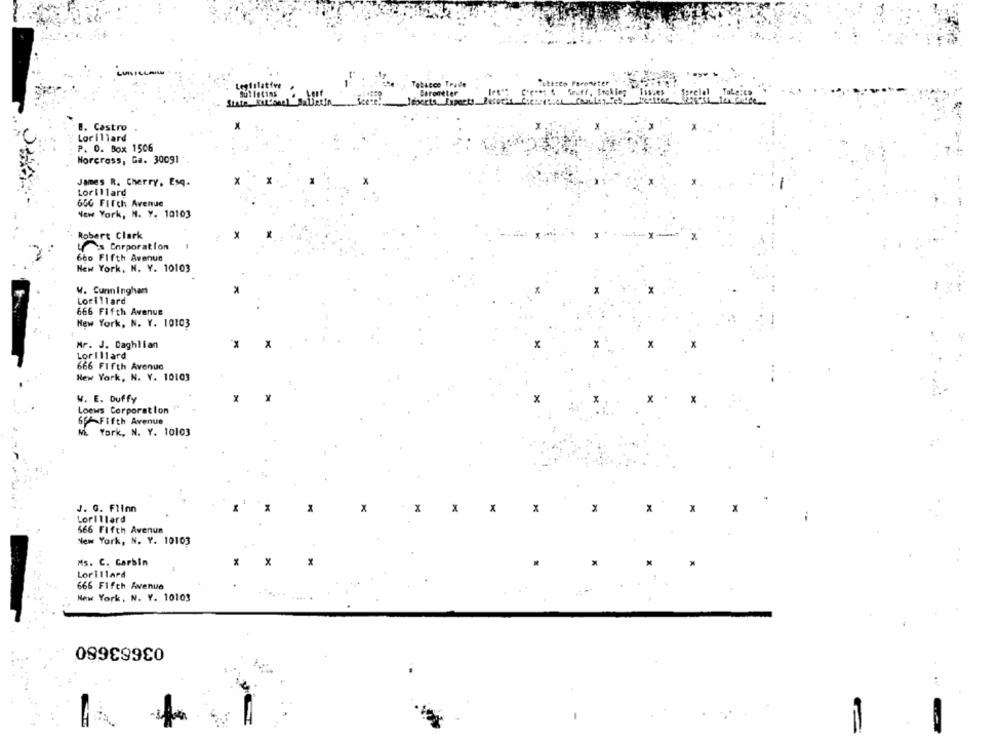
Tobacco Trade
Tottcco Ferometer
Sutlecins
Barometer
State_FICAR
B. Castro
Lorillard
P. O. Box 1506
Norcross, Ga. 30091
James R. Cherry, Esq.
Lorillard
60G Fifth Avenue
New York, N. Y. 10103
Robert Clark
X
4's Corporation
66o Fifth Avenue
New York, N. Y. 10103
W. Cunningham
Lorillard
666 Fifth Avenue
New York, N. Y. 10103
Mr. J. Daghlian
Lorillard
666 Fifth Avenue
New York, N. Y. 10103
W. E. Duffy
X
x
Loews Corporation
65-Fifth Avenue
York, N. Y. 10103
J. G. Flinn
X
x
X
x
X
Lorillard
566 Fifth Avenue
New York, N. Y. 10103
Ms. C. Garbin
x
Lorillard
666 Fifth Avenue
New York, N. Y. 10103
03683680